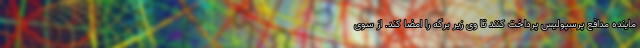
ماینده مدافع پرسپولیس پرداخت کنند تا وی زیر برگه را امضا کند. از سوی